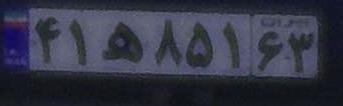
۴۱ه۸۵۱۶۳